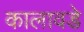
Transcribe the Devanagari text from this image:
कालावडे